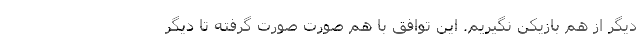
دیگر از هم بازیکن نگیریم. این توافق با هم صورت صورت گرفته تا دیگر